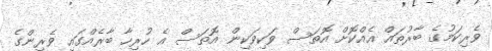
ވެރިކަމުގެ ބާރުތައް އެއްކޮށް އޮތަސް ވަކިވަކިން އޮތަސް އެ ހުރިހާ ބާރެއްގައި ވެރިންގެ